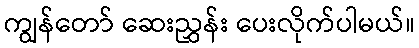
ကျွန်တော် ဆေးညွှန်း ပေးလိုက်ပါမယ်။